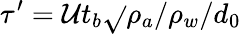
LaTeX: \tau^{\prime}=\mathcal{U}t_{b}\sqrt{}{{\rho_{a}/\rho_{w}}}/d_{0}